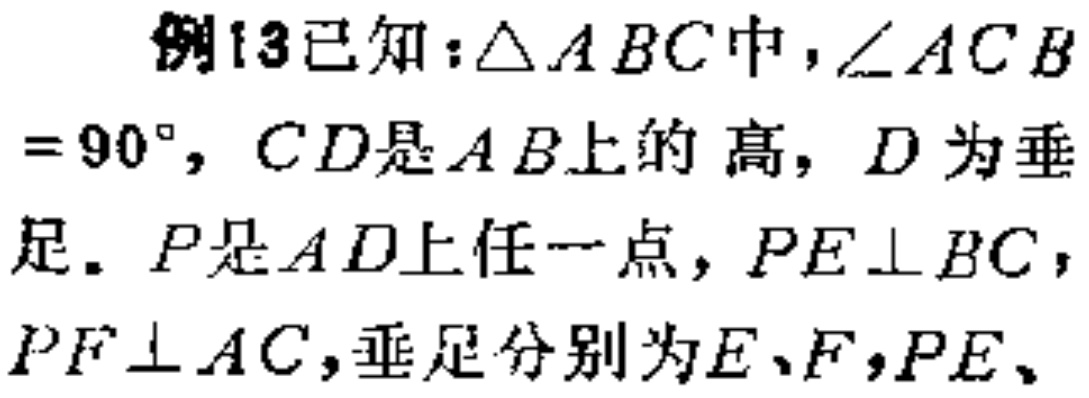
例13已知：\(\triangle ABC\)中，\(\angle ACB = 90^{\circ}\)，\(CD\)是\(AB\)上的高，\(D\)为垂足。\(P\)是\(AD\)上任一点，\(PE\perp BC\)，\(PF\perp AC\)，垂足分别为\(E、F\)，\(PE\)、